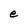
Character: e